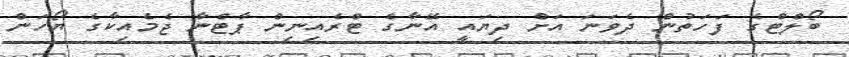
ބޯލްޓްގެ ފަހަތުން ދެވަނަ އަށް ދިޔައީ އޭނާގެ ޓްރެއިނިން ޕާޓްނާ ޖެމެއިކާގެ ޔޯހަން